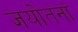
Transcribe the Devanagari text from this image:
जयोतनां